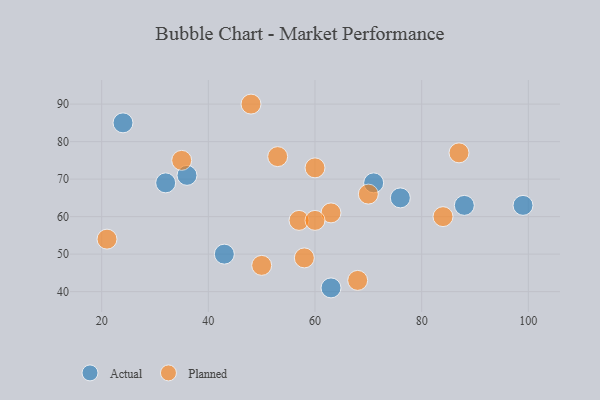
{"axis": {"x": "GDP", "y": "Life Expectancy"}, "legend": ["Actual", "Planned"], "data": [{"x": "88", "y": 63, "type": "Actual"}, {"x": "32", "y": 69, "type": "Actual"}, {"x": "36", "y": 71, "type": "Actual"}, {"x": "99", "y": 63, "type": "Actual"}, {"x": "43", "y": 50, "type": "Actual"}, {"x": "24", "y": 85, "type": "Actual"}, {"x": "63", "y": 41, "type": "Actual"}, {"x": "71", "y": 69, "type": "Actual"}, {"x": "76", "y": 65, "type": "Actual"}, {"x": "60", "y": 73, "type": "Planned"}, {"x": "68", "y": 43, "type": "Planned"}, {"x": "70", "y": 66, "type": "Planned"}, {"x": "87", "y": 77, "type": "Planned"}, {"x": "21", "y": 54, "type": "Planned"}, {"x": "84", "y": 60, "type": "Planned"}, {"x": "50", "y": 47, "type": "Planned"}, {"x": "57", "y": 59, "type": "Planned"}, {"x": "53", "y": 76, "type": "Planned"}, {"x": "35", "y": 75, "type": "Planned"}, {"x": "58", "y": 49, "type": "Planned"}, {"x": "48", "y": 90, "type": "Planned"}, {"x": "63", "y": 61, "type": "Planned"}, {"x": "60", "y": 59, "type": "Planned"}]}